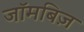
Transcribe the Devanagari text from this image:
जॉमबिज़